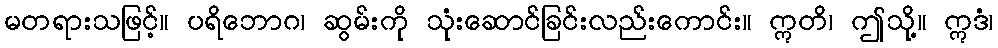
မတရားသဖြင့်။ ပရိဘောဂ၊ ဆွမ်းကို သုံးဆောင်ခြင်းလည်းကောင်း။ ဣတိ၊ ဤသို့။ ဣဒံ၊